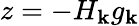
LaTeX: z=-H_{\mathbf{k}}g_{\mathbf{k}}